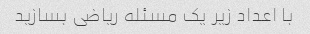
با اعداد زیر یک مسئله ریاضی بسازید